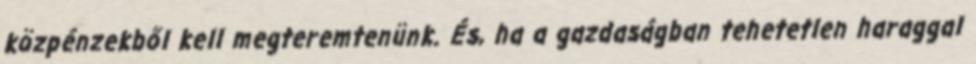
közpénzekből kell megteremtenünk. És, ha a gazdaságban tehetetlen haraggal